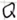
Text: Q